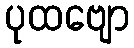
ပုထဗျော